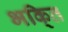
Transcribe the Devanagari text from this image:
भकि्‌त